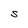
Character: S